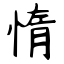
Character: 惰